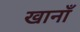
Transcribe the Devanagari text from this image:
खानाँ